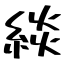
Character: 緂